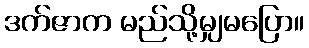
ဒက်ဇာက မည်သို့မျှမပြော။